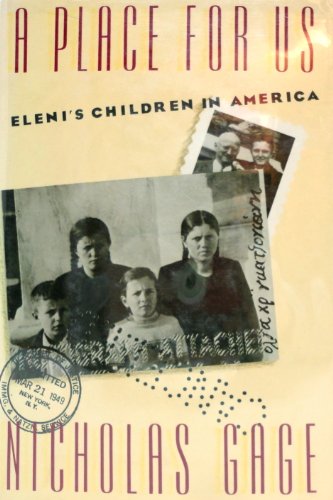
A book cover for Place for Us: Eleni's Children in America; Nicholas Gage; Biographies & Memoirs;